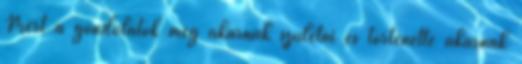
Mert a gondolatok meg akarnak születni és történetté akarnak